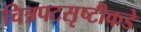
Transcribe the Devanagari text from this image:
चित्रपटसृष्टीकडे